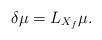
LaTeX: \begin{align*}\delta\mu=L_{X_f}\mu.\end{align*}